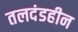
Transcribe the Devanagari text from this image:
तलदंडहीन